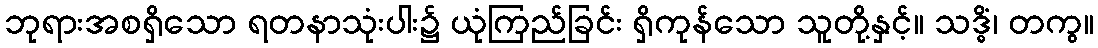
ဘုရားအစရှိသော ရတနာသုံးပါး၌ ယုံကြည်ခြင်း ရှိကုန်သော သူတို့နှင့်။ သဒ္ဓိံ၊ တကွ။